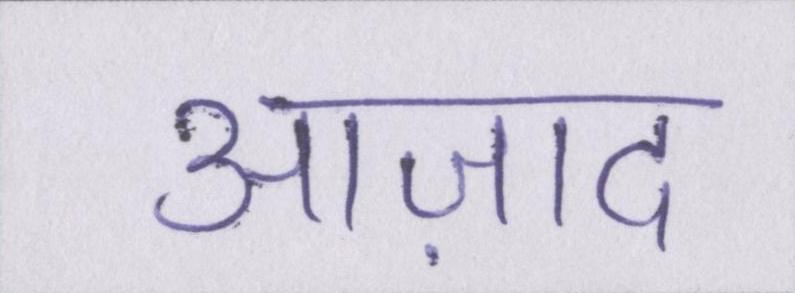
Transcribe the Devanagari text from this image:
आज़ाद